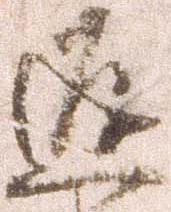
返